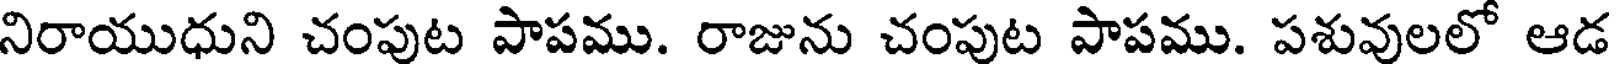
నిరాయుధుని చంపుట పాపము. రాజును చంపుట పాపము. పశువులలో ఆడ